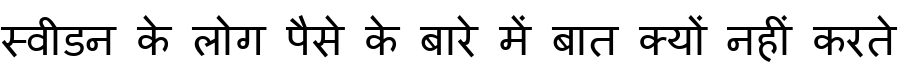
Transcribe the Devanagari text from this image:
स्वीडन के लोग पैसे के बारे में बात क्यों नहीं करते